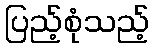
ပြည့်စုံသည့်